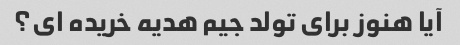
آیا هنوز برای تولد جیم هدیه خریده ای؟